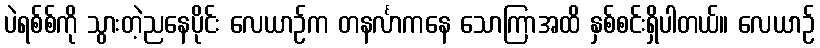
ပဲရစ်စ်ကို သွားတဲ့ညနေပိုင်း လေယာဉ်က တနင်္လာကနေ သောကြာအထိ နှစ်စင်းရှိပါတယ်။ လေယာဉ်